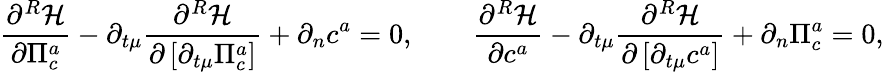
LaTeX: {\frac{\partial^{R}{\cal H}}{\partial\Pi_{c}^{a}}}-\partial_{t\mu}{\frac{\partial^{R}{\cal H}}{\partial\left[{\partial_{t\mu}\Pi_{c}^{a}}\right]}}+\partial_{n}c^{a}=0,\qquad{\frac{\partial^{R}{\cal H}}{\partial c^{a}}}-\partial_{t\mu}{\frac{\partial^{R}{\cal H}}{\partial\left[{\partial_{t\mu}c^{a}}\right]}}+\partial_{n}\Pi_{c}^{a}=0,